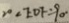
2 0 \angle E D F = 9 0 ^ { \circ }